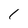
Character: 1